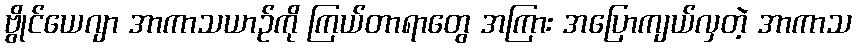
ဗွိုင်ယေဂျာ အာကာသယာဉ်ကို ကြယ်တာရာတွေ အကြား အပြောကျယ်လှတဲ့ အာကာသ